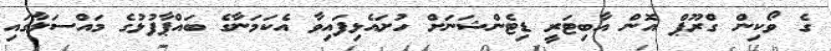
ގެ ވޯކިން ގްރޫޕް އޮން އާބިޓަރީ ޑިޓެންޝަނަށް ހުށައެޅިފައިވާ އެކަމަނާގެ ބައްޕާފުޅުގެ މައްސަލާގައި